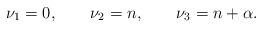
\begin{align*}\begin{aligned}\nu_1=0,\qquad\nu_{2}=n,\qquad\nu_{3}=n+\alpha.\end{aligned}\end{align*}